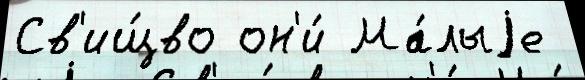
Св'ищ́во он'и́ Ма́лыjе